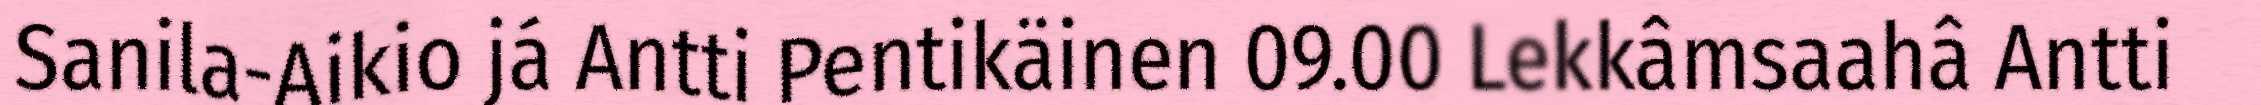
Sanila-Aikio já Antti Pentikäinen 09.00 Lekkâmsaahâ Antti